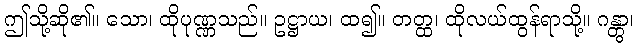
ဤသို့ဆို၏။ သော၊ ထိုပုဏ္ဏသည်။ ဥဋ္ဌာယ၊ ထ၍။ တတ္ထ၊ ထိုလယ်ထွန်ရာသို့။ ဂန္တွာ၊